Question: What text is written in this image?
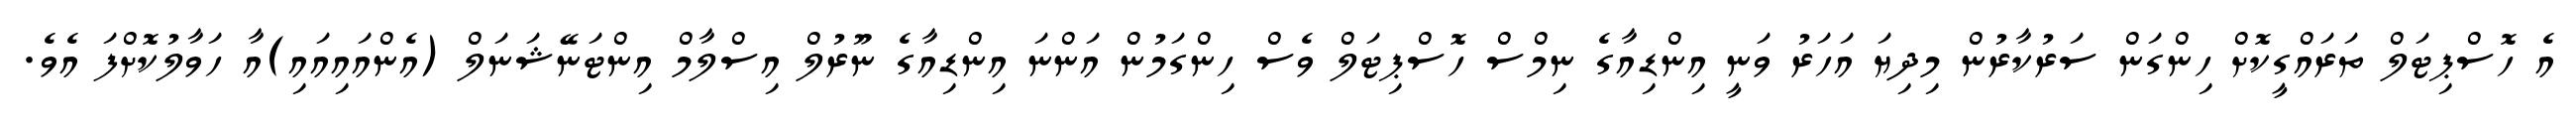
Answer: އެ ހޮސްޕިޓަލް ތަރައްގީކޮށް ހިންގަން ސަރުކާރުން މިދިޔަ އަހަރު ވަނީ އިންޑިއާގެ ނިމްސް ހޮސްޕިޓަލް ވެސް ހިންގަމުން އަންނަ އިންޑިއާގެ ނޫރުލް އިސްލާމް އިންޓަނޭޝަނަލް (އެންއައިއައި)އާ ހަވާލުކޮށްފަ އެވެ.